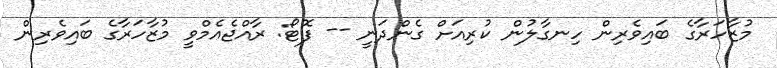
މުޒާހަރާގެ ބައިވެރިން ހިނގާލުން ކުރިއަށް ގެންދަނީ -- ފޮޓޯ: ރާއްޖެއެމްވީ މުޒާހަރާގެ ބައިވެރިން